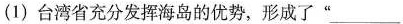
(1)台湾省充分发挥海岛的优势，形成了“___